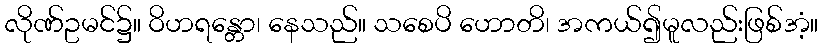
လိုဏ်ဥမင်၌။ ဝိဟရန္တော၊ နေသည်။ သစေပိ ဟောတိ၊ အကယ်၍မူလည်းဖြစ်အံ့။